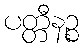
ပတ္တီနဉ္စ